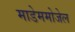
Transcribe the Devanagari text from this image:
माडेममोजेल